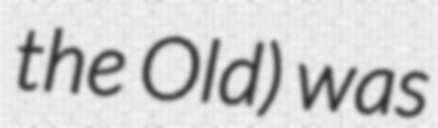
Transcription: the Old) was